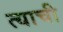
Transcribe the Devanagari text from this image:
त्‍याची